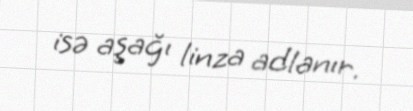
isə aşağı linza adlanır.